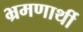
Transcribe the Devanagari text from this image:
भ्रमणार्थी